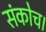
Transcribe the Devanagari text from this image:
संकोच।